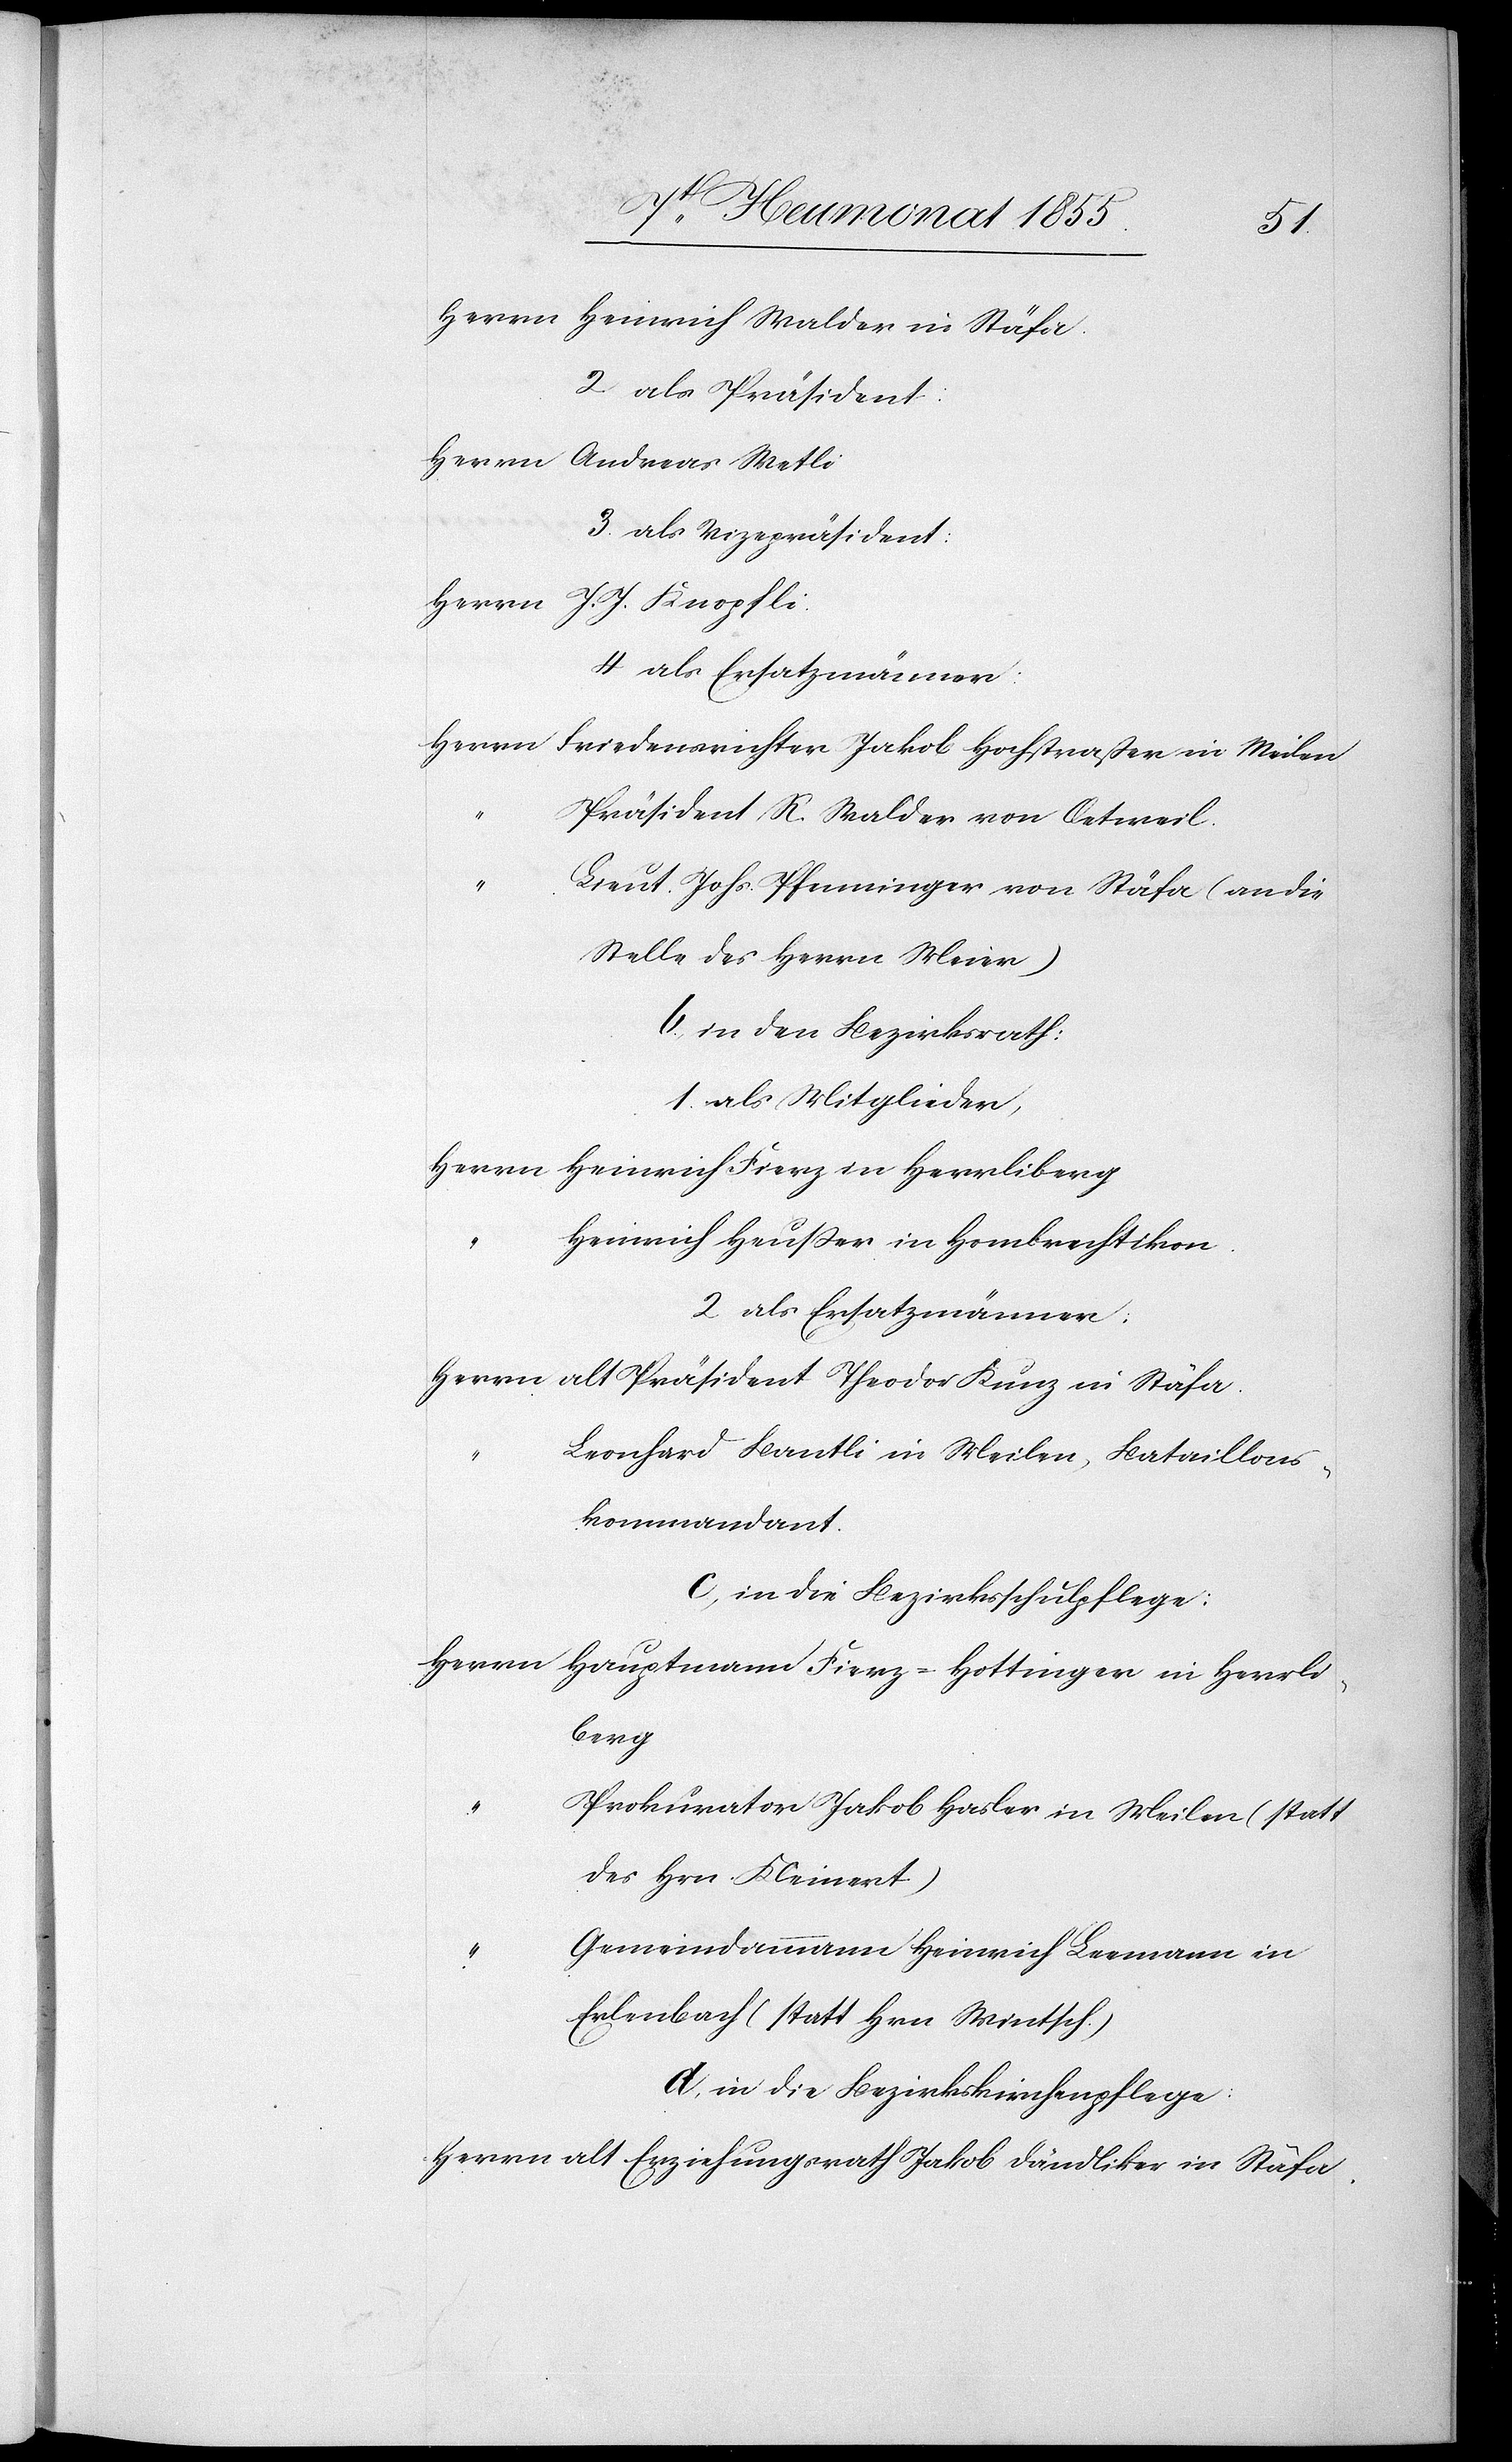
Herrn Heinrich Walder in Stäfa.
2 als Präsident:
Herrn Andreas Wetli
3. als Vizepräsident:
Herrn J. J. Knopfli.
4. als Ersatzmänner:
Herrn Friedensrichter Jakob Hochstraßer in Meilen
Präsident R. Walder von Oetweil.
Lieut. Johs. Pfenninger von Stäfa (an die
Stelle des Herrn Meier)
b, in den Bezirksrath:
1. als Mitglieder,
Herrn
Heinrich Fierz in Herrliberg
Heinrich Heusser in Hombrechtikon.
2 als Ersatzmänner:
Herrn alt Präsident Theodor Kunz in Stäfa.
Leonhard Bantli in Meilen, Bataillons¬
kommandant.
c, in die Bezirksschulpflege:
Herrn Hauptmann Fierz-Hottinger in Herrli¬
berg
Prokurator Jakob Hasler in Meilen (statt
des Hrn. Kleinert)
Gemeindammann Heinrich Leemann in
Erlenbach (statt Hrn. Wintsch.)
d. in die Bezirkskirchenpflege:
Herrn alt Erziehungsrath Jakob Dändliker in Stäfa.